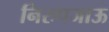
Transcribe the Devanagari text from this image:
निरुपजाऊ